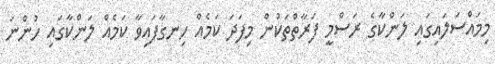
މިމައްސަލައިގައި ލަންކާގެ ރަސްމީ ފަރާތްތަކުން މިފަދަ ކަމެއް ހިނގާފައިވާ ކަމެއް ލަންކާގައި ހުންނަ